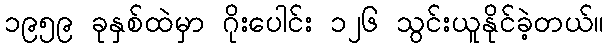
၁၉၅၉ ခုနှစ်ထဲမှာ ဂိုးပေါင်း ၁၂၆ သွင်းယူနိုင်ခဲ့တယ်။